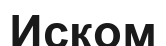
Иском